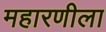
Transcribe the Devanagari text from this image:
महारणीला